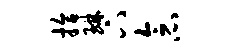
拾琳下念